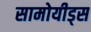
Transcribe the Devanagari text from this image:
सामोयीड्स